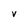
Character: V